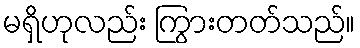
မရှိဟုလည်း ကြွားတတ်သည်။